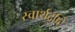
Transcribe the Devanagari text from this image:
स्वार्थदृष्टि